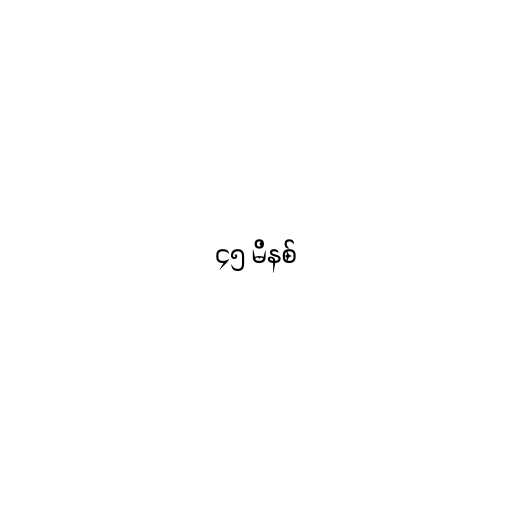
၄၅ မိနစ်